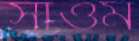
সাওম